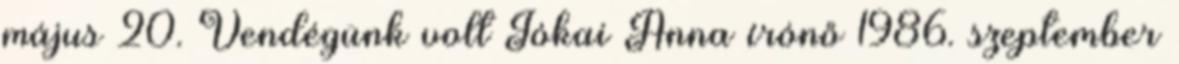
május 20. Vendégünk volt Jókai Anna írónő 1986. szeptember